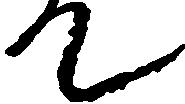
て